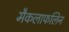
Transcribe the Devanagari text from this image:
मैकलाफलिन